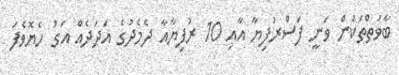
ބާވަތްތަކުން ވަނީ ފަސްރުފިޔާ އާއި 10 ރުފިޔާއާ ދެމެދުގެ އަދަދެއް އަގު ހެޔޮވެފަ